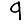
Digit: 9